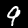
Label: 9